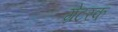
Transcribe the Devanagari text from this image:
ग्रेटरक